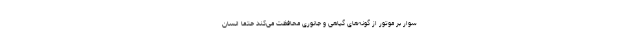
سوار بر موتور از گونه‌های گیاهی و جانوری محافظت می‌کند حتماً انسان